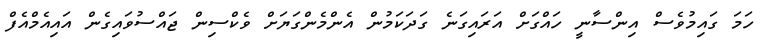
ހަމަ ގައިމުވެސް އިންސާނީ ހައްގަށް އަރައިގަނެ ގަދަކަމުން އެންމެންގަޔަށް ވެކްސިން ޖައްސުވައިގެން އައިއެމްއެފް